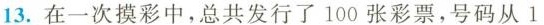
13.在一次摸彩中，总共发行了1